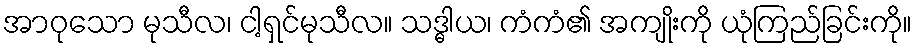
အာဝုသော မုသီလ၊ ငါ့ရှင်မုသီလ။ သဒ္ဓါယ၊ ကံကံ၏ အကျိုးကို ယုံကြည်ခြင်းကို။